Civil Veterinary Department. United Provinces 1932-42 - 1932-1942
Year: 1932
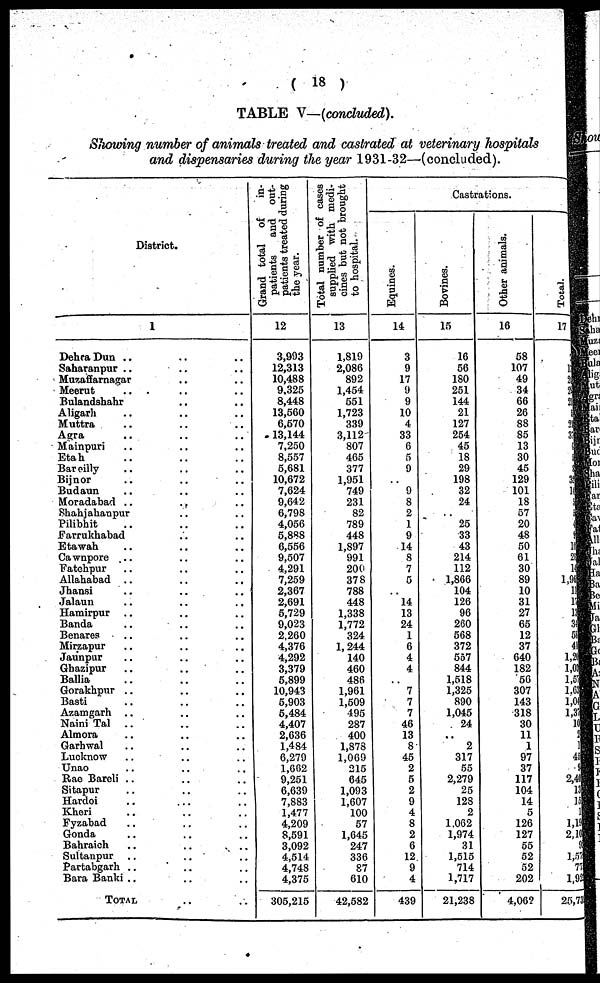
(18)
TABLE V—(concluded).
Showing number of animals treated and castrated at veterinary hospitals
and dispensaries during the year 1931-32—(concluded).
District.
1
Dehra Dun .. .. ..
Saharanpur .. .. ..
Muzaffarnagar .. ..
Meerut .. .. ..
Bulandshahr .. ..
Aligarh .. .. ..
Muttra .. .. ..
Agra .. .. ..
Mainpuri .. .. ..
Etah .. .. ..
Bareilly .. .. ..
Bijnor .. .. ..
Budaun .. .. ..
Moradabad ..
..
..
Shahjahanpur .. ..
Pilibhit .. ..
Farrukhabad .. ..
Etawah .. .. ..
Cawnpore .. .. ..
Fatehpur .. .. ..
Allahabad .. .. ..
Jhansi
..
..
..
Jalaun .. .. ..
Hamirpur .. .. ..
Banda .. .. ..
Benares .. .. ..
Mirzapur .. .. ..
Jaunpur .. .. ..
Ghazipur .. .. ..
Ballia .. .. ..
Gorakhpur .. .. ..
Basti .. .. ..
Azamgarh .. .. ..
Naini Tal .. .. ..
Almora .. .. ..
Garhwal .. .. ..
Lucknow .. .. ..
Unao .. .. ..
Rae Bareli .. .. ..
Sitapur .. .. ..
Hardoi .. .. ..
Kheri .. .. ..
Fyzabad .. .. ..
Gonda .. .. ..
Bahraich .. .. ..
Sultanpur .. .. ..
Partabgarh .. .. ..
Bara Banki .. .. ..
TOTAL .. ..
Grand total
of
in-
patients
and out-
patients treated during
the year.
12
3,993
12,313
10,488
9.325
8,448
13,560
6,570
13,144
7,250
8,557
5,681
10,672
7,624
9,642
6,798
4,056
5,888
6,556
9,507
4,291
7,259
2,367
2,691
5,729
9,023
2,260
4,376
4,292
3,379
5,899
10,943
5,903
5,484
4,407
2,636
1,484
6,279
1,662
9,251
6,639
7,883
1,477
4,209
8,591
3,092
4,514
4,748
4,375
305,215
Total number of cases
supplied with medi-
cines but not brought
to hospital.
13
1,819
2,086
892
1,454
551
1,723
339
3,112
807
465
377
1,951
749
231
82
789
448
1,897
991
200
378
788
448
1,338
1,772
324
1,244
140
460
486
1,961
1,509
495
287
400
1,878
1,069
215
645
1,093
1,607
100
57
1,645
247
336
87
610
42,582
Castrations.
Equines.
14
3
9
17
9
9
10
4
33
6
5
9
..
9
8
2
1
9
14
8
7
5
..
14
13
24
1
6
4
4
..
7
7
7
46
13
8
45
2
5
2
9
4
8
2
6
12
9
4
439
Bovines.
15
16
56
180
251
144
21
127
254
45
18
29
198
32
24
25
33
43
214
112
1,866
104
126
96
260
568
372
567
844
1,518
1,325
890
1,045
24
..
2
317
55
2,279
25
128
2
1.062
1,974
31
1,515
714
1,717
21,238
Other animals.
16
58
107
49
34
66
26
88
85
13
30
45
129
101
18
57
20
48
50
61
30
89
10
31
27
65
12
37
640
182
56
307
143
318
30
11
1
97
37
117
104
14
5
126
127
55
52
52
202
4,06?
Total.
17
..
1
2
2
2
..
2
3
..
..
..
3
1,
5
3
4
9
10
2
1
1,94
1
1
1
3
6
4
1,2
1,03
1,52 1,63
1,04
1,37
10
2
..
45
2
2,41
13
13
..
1,19
2,10
9
1,57
71
1,95
25,73